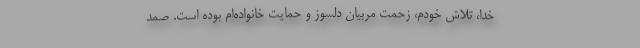
خدا، تلاش خودم، زحمت مربیان دلسوز و حمایت خانواده‌ام بوده است. صمد